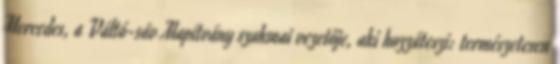
Mercedes, a Váltó-sáv Alapítvány szakmai vezetője, aki hozzáteszi: természetesen